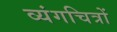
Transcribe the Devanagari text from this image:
व्यंगचित्रों